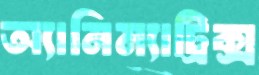
অ্যানিম্যাট্রিক্স